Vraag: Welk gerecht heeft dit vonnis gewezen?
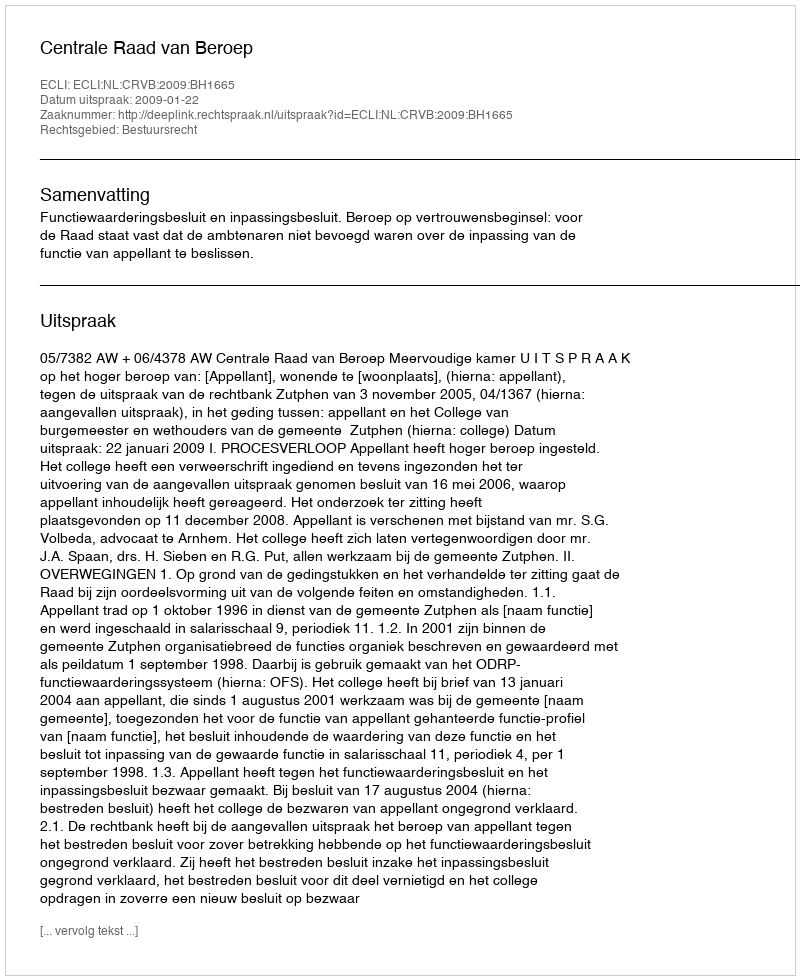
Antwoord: Centrale Raad van Beroep